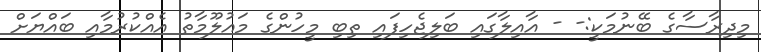
މިދިރާސާގެ ބޭނުމަކީ:- - އާއިލާގައި ބަލިޖެހިފައި ތިބި މީހުންގެ މައުލޫމާތު އެއްކުރުމާއި ބައްޔަށް